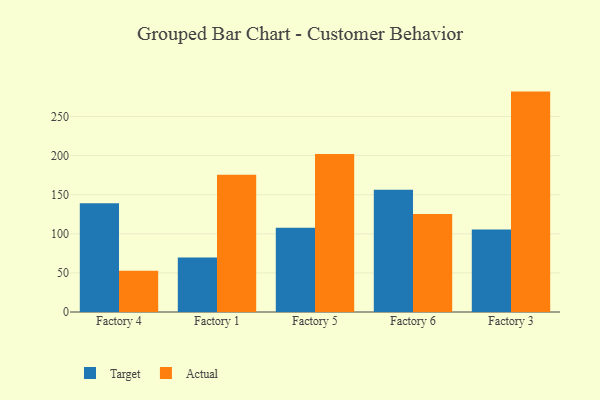
{"axis": {"x": "Factory", "y": "Latency (ms)"}, "legend": ["Actual", "Target"], "data": [{"x": "Factory 4", "y": 139.2, "type": "Target"}, {"x": "Factory 4", "y": 52.9, "type": "Actual"}, {"x": "Factory 1", "y": 69.8, "type": "Target"}, {"x": "Factory 1", "y": 175.5, "type": "Actual"}, {"x": "Factory 5", "y": 107.6, "type": "Target"}, {"x": "Factory 5", "y": 202.0, "type": "Actual"}, {"x": "Factory 6", "y": 156.3, "type": "Target"}, {"x": "Factory 6", "y": 125.2, "type": "Actual"}, {"x": "Factory 3", "y": 105.4, "type": "Target"}, {"x": "Factory 3", "y": 281.9, "type": "Actual"}]}